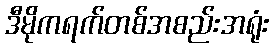
ဒီမိုကရက်တစ်အစည်းအရုံး